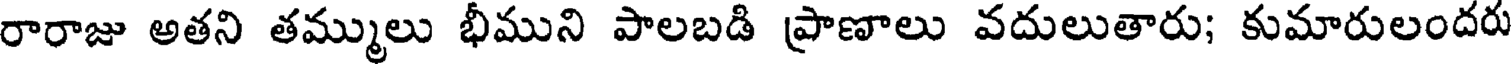
రారాజు అతని తమ్ములు భీముని పాలబడి ప్రాణాలు వదులుతారు; కుమారులందరు